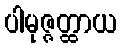
ပါမုဇ္ဇတ္ထာယ